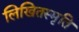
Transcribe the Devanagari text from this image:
लिखितस्मृति